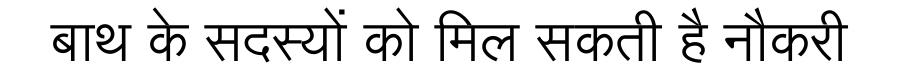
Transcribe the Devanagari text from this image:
बाथ के सदस्यों को मिल सकती है नौकरी